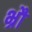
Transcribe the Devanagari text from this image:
भ्रौं